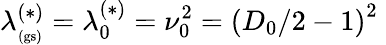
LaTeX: \lambda_{_\mathrm{(gs)}}^{(\ast)}=\lambda_{0}^{(\ast)}=\nu_{0}^{2}=\left(D_{0}/2-1\right)^{2}\;